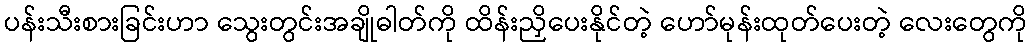
ပန်းသီးစားခြင်းဟာ သွေးတွင်းအချိုဓါတ်ကို ထိန်းညှိပေးနိုင်တဲ့ ဟော်မုန်းထုတ်ပေးတဲ့ လေးတွေကို